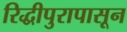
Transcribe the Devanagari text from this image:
रिद्धीपुरापासून